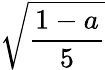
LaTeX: \sqrt{\frac{1-a}{5}}